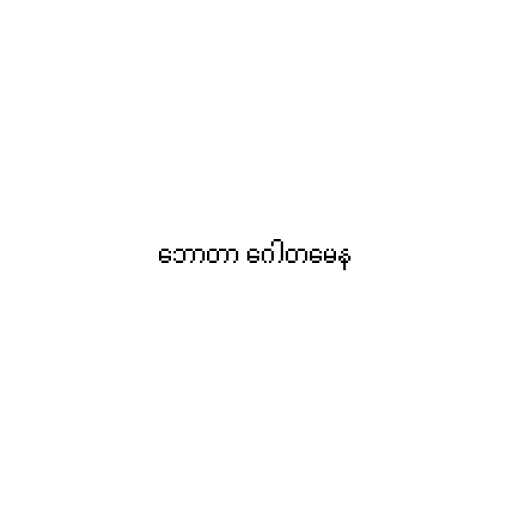
ဘောတာ ဂေါတမေန